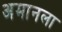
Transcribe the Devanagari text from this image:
अमानला